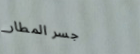
جسر المطار